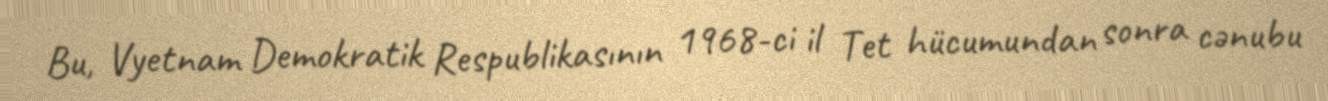
Bu, Vyetnam Demokratik Respublikasının 1968-ci il Tet hücumundan sonra cənubu